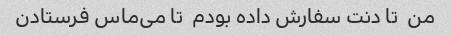
من  تا دنت سفارش داده بودم  تا می‌ماس فرستادن